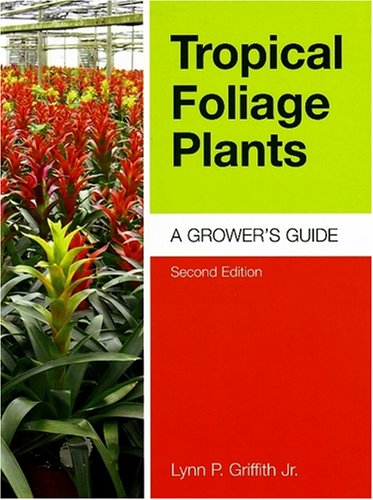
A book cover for Tropical Foliage Plants: A Grower's Guide; Lynn P. Griffith Jr.; Crafts, Hobbies & Home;